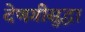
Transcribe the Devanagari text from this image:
देणगीसुद्धा